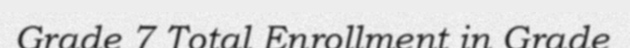
Grade 7 Total Enrollment in Grade